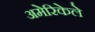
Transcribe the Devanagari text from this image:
अमेरिकेले